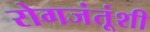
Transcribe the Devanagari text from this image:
रोगजंतूंशी